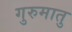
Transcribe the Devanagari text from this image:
गुरुमातु